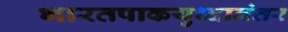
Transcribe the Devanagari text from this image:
भारतपाकयुध्दानंतर